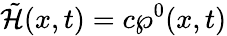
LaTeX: \tilde{\mathcal{H}}({x},t)=c\wp^{0}(x,t)